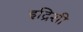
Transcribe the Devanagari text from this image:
इद्रिशी